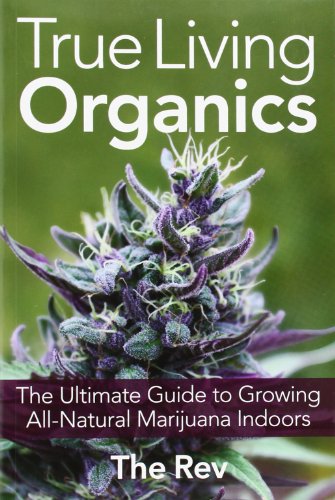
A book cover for True Living Organics: The Ultimate Guide to Growing All-Natural Marijuana Indoors; The Rev; Crafts, Hobbies & Home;